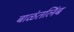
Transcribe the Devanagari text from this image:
बाळंतलिंब